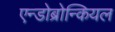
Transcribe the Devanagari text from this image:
एन्डोब्रोन्कियल